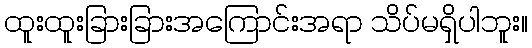
ထူးထူးခြားခြားအကြောင်းအရာ သိပ်မရှိပါဘူး။